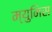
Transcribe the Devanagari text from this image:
म्युनिस